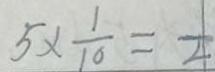
5 \times \frac { 1 } { 1 0 } = \frac { 1 } { 4 }